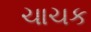
ચાચક